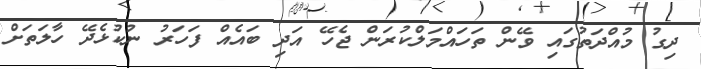
ދިގު މުއްދަތުގައި ވޭން ތަހައްމަލްކުރަން ޖެހޭ އަދި ބައެއް ފަހަރު ނުކުޅެދޭ ހާލަތަށް